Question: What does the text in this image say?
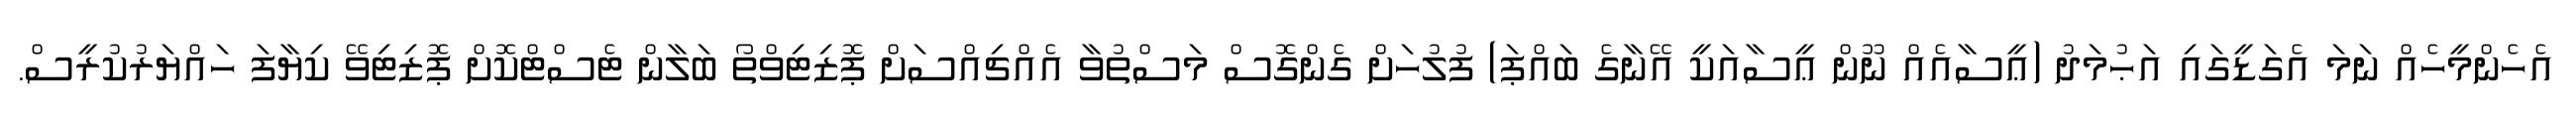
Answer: އެހެންމީހެއް ނަމަ އެގަޑީގައި އަޙުމަދު (ޢީސާއެއް ނޫން ޢީސާއަކީ އޭނާގެ ބައްޕަ) ފުލުހަށް ގެންގޮސް މަސްތުވާ އެއްޗިއްސަށް ޕޮޒިޓިވްތޯ ބަލާން ޓެސްޓްކޮށް ޕޮޒިޓިވޭ ކިޔާފަ ހައްޔަރުކުރީސް.